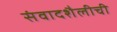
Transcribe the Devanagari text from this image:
संवादशैलीची